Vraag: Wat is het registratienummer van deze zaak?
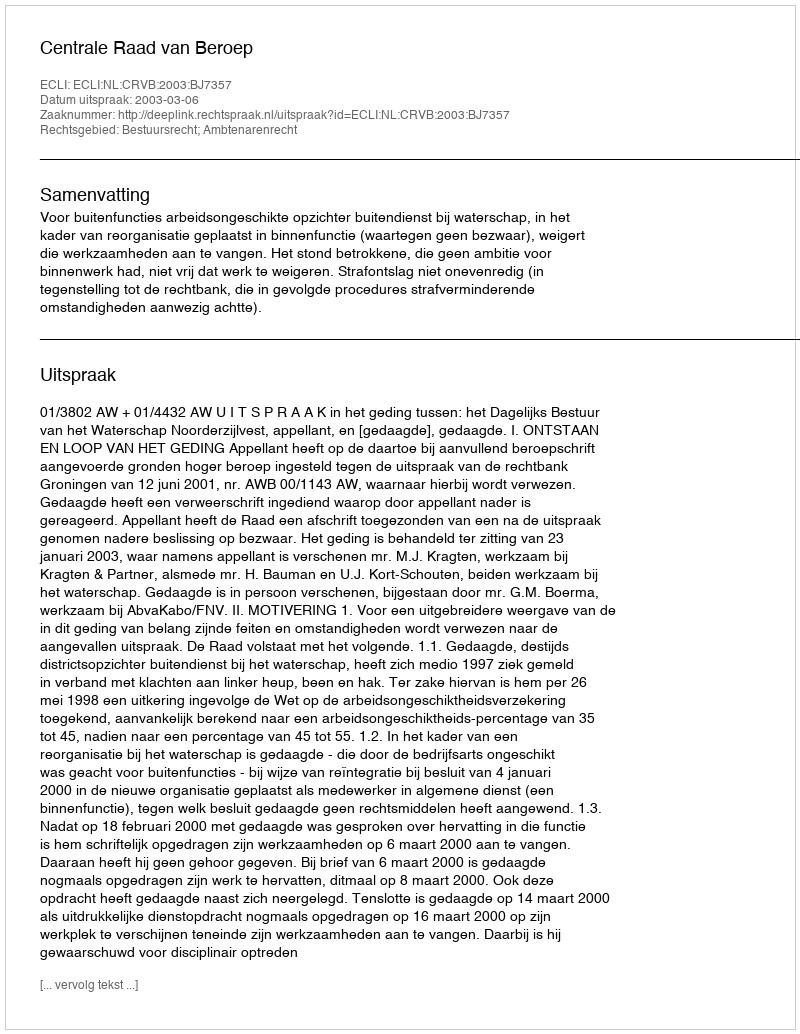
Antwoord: http://deeplink.rechtspraak.nl/uitspraak?id=ECLI:NL:CRVB:2003:BJ7357